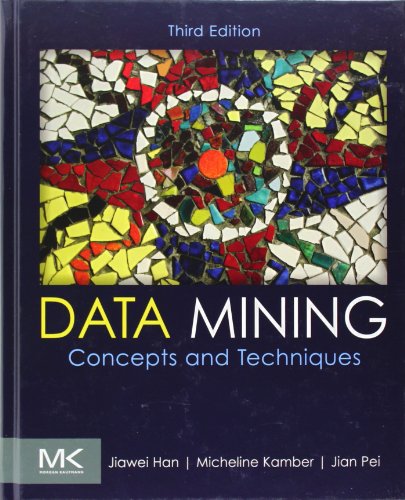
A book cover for Data Mining: Concepts and Techniques, Third Edition (The Morgan Kaufmann Series in Data Management Systems); Jiawei Han; Computers & Technology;